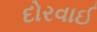
દોરવાઈ